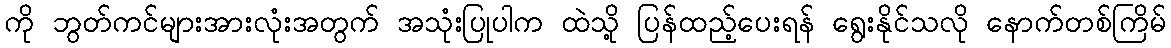
ကို ဘွတ်ကင်များအားလုံးအတွက် အသုံးပြုပါက ထဲသို့ ပြန်ထည့်ပေးရန် ရွေးနိုင်သလို နောက်တစ်ကြိမ်